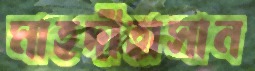
মাহদীহাসান